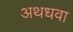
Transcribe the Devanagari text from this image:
अथधवा